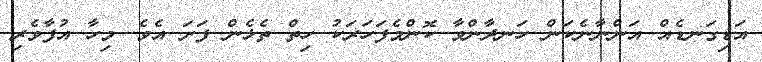
އަޑިގަނޑެއް އަންނާނެކަން ހަނދާންވާ ކޮންމެފަހަރަކު ހިތް ތެޅެން ފަށަ އެވެ. މިހާ އުފާވެރި